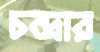
চন্দ্রার